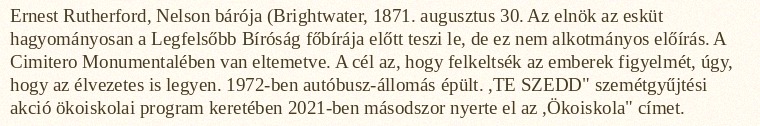
Ernest Rutherford, Nelson bárója (Brightwater, 1871. augusztus 30. Az elnök az esküt hagyományosan a Legfelsőbb Bíróság főbírája előtt teszi le, de ez nem alkotmányos előírás. A Cimitero Monumentalében van eltemetve. A cél az, hogy felkeltsék az emberek figyelmét, úgy, hogy az élvezetes is legyen. 1972-ben autóbusz-állomás épült. ,TE SZEDD" szemétgyűjtési akció ökoiskolai program keretében 2021-ben másodszor nyerte el az ,Ökoiskola" címet.